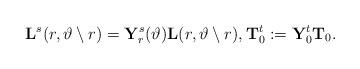
LaTeX: \begin{align*}\mathbf{L}^s(r,\vartheta\setminus r)=\mathbf{Y}^s_r(\vartheta)\mathbf{L}(r,\vartheta\setminus r), \mathbf{T}^t_0:=\mathbf{Y}^t_0\mathbf{T}_0.\end{align*}